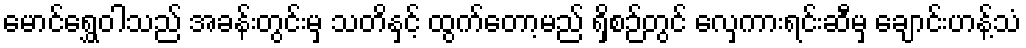
မောင်ရွှေဝါသည် အခန်းတွင်းမှ သတိနှင့် ထွက်တော့မည် ရှိစဉ်တွင် လှေကားရင်းဆီမှ ချောင်းဟန့်သံ